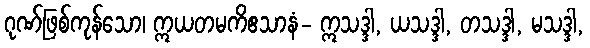
ဂုဏ်ဖြစ်ကုန်သော၊ ဣယတမကိဧသာနံ- ဣသဒ္ဒါ, ယသဒ္ဒါ, တသဒ္ဒါ, မသဒ္ဒါ,